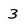
Character: 3